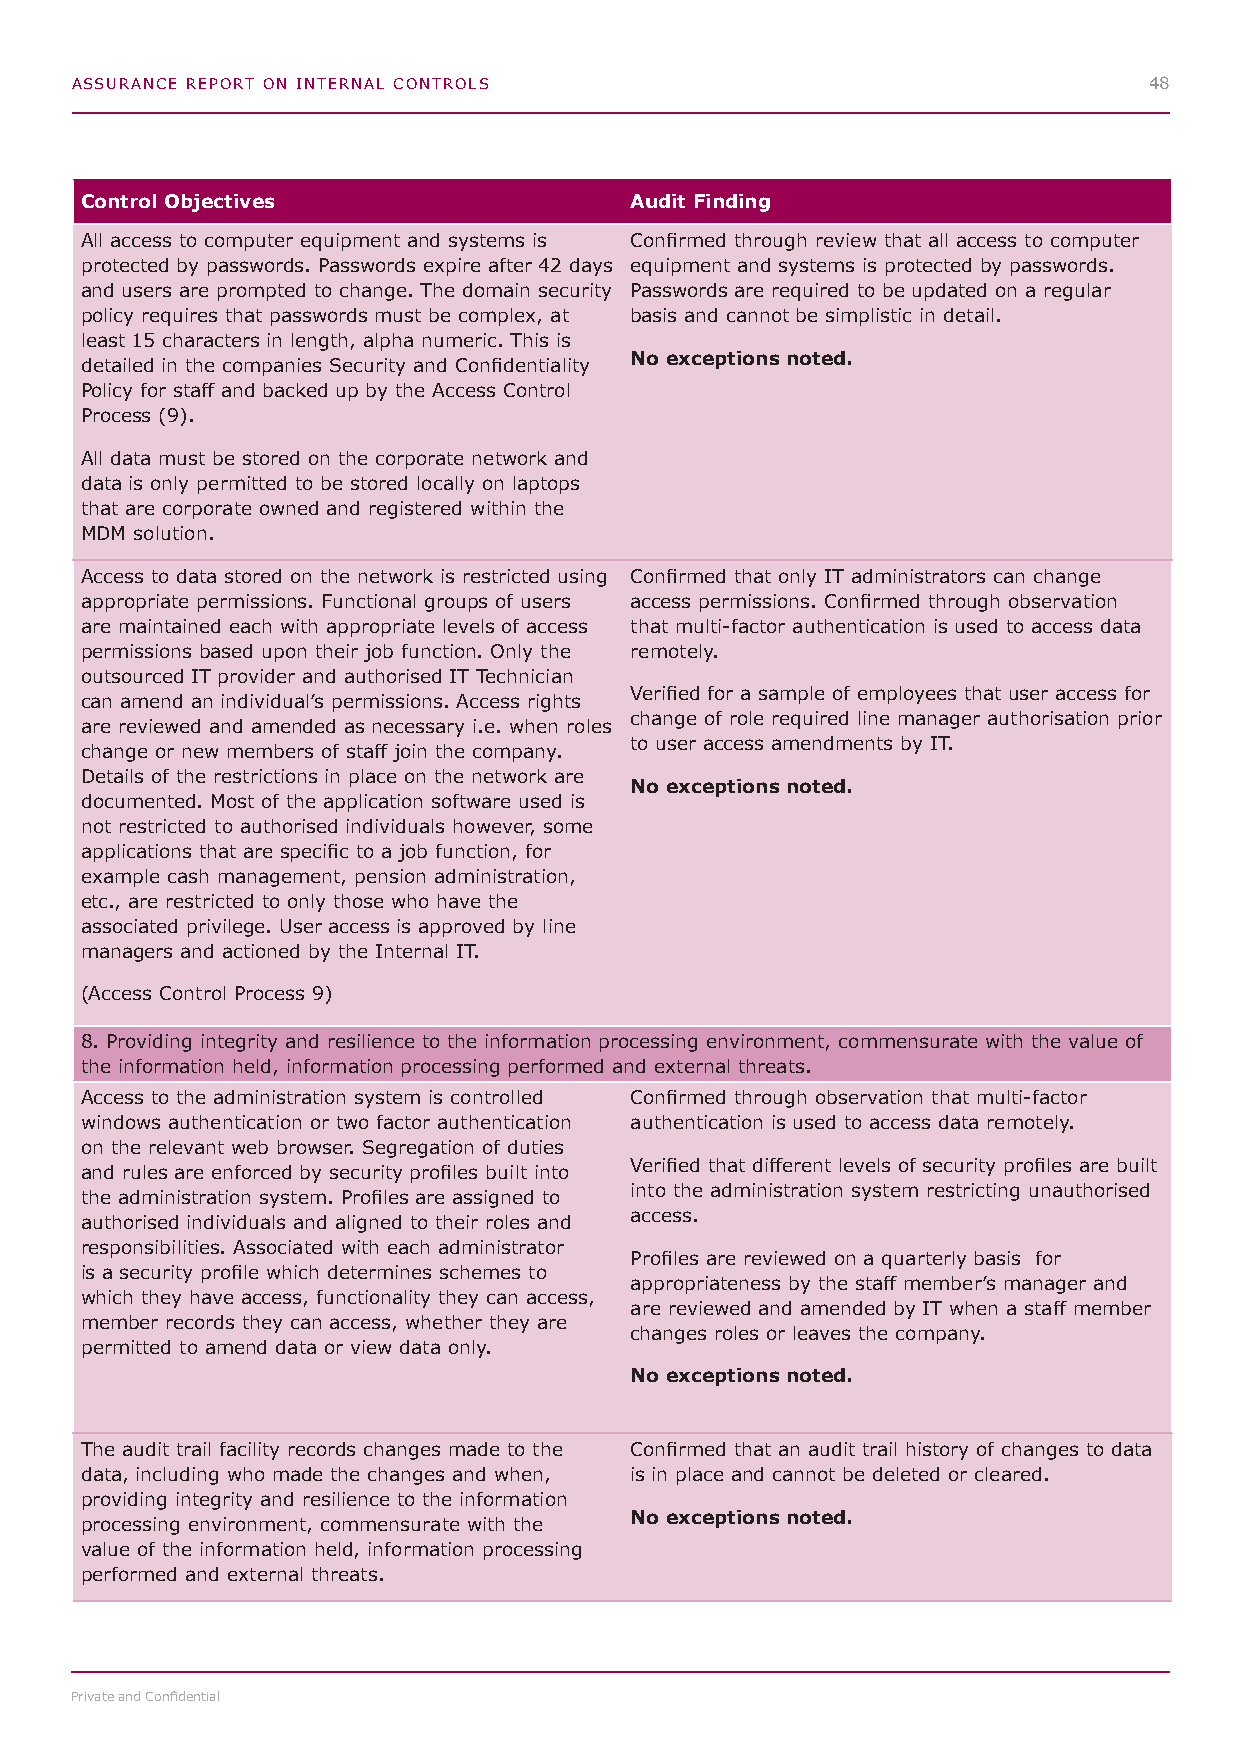
ASSURANCE REPORT ON INTERNAL CONTROLS                                  48
 Control Objectives                   Audit Finding
 All access to computer equipment and systems is Confirmed through review that all access to computer
 protected by passwords. Passwords expire after 42 days equipment and systems is protected by passwords.
 and users are prompted to change. The domain security Passwords are required to be updated on a regular
 policy requires that passwords must be complex, at basis and cannot be simplistic in detail.
 least 15 characters in length, alpha numeric. This is
 No exceptions noted.
 detailed in the companies Security and Confidentiality
 Policy for staff and backed up by the Access Control
 Process (9).
 All data must be stored on the corporate network and
 data is only permitted to be stored locally on laptops
 that are corporate owned and registered within the
 MDM solution.
 Access to data stored on the network is restricted using Confirmed that only IT administrators can change
 appropriate permissions. Functional groups of users access permissions. Confirmed through observation
 are maintained each with appropriate levels of access that multi-factor authentication is used to access data
 permissions based upon their job function. Only the remotely.
 outsourced IT provider and authorised IT Technician
 Verified for a sample of employees that user access for
 can amend an individual’s permissions. Access rights
 change of role required line manager authorisation prior
 are reviewed and amended as necessary i.e. when roles
 to user access amendments by IT.
 change or new members of staff join the company.
 Details of the restrictions in place on the network are
 No exceptions noted.
 documented. Most of the application software used is
 not restricted to authorised individuals however, some
 applications that are specific to a job function, for
 example cash management, pension administration,
 etc., are restricted to only those who have the
 associated privilege. User access is approved by line
 managers and actioned by the Internal IT.
 (Access Control Process 9)
 8. Providing integrity and resilience to the information processing environment, commensurate with the value of
 the information held, information processing performed and external threats.
 Access to the administration system is controlled Confirmed through observation that multi-factor
 windows authentication or two factor authentication authentication is used to access data remotely.
 on the relevant web browser. Segregation of duties
 Verified that different levels of security profiles are built
 and rules are enforced by security profiles built into
 into the administration system restricting unauthorised
 the administration system. Profiles are assigned to
 access.
 authorised individuals and aligned to their roles and
 responsibilities. Associated with each administrator
 Profiles are reviewed on a quarterly basis for
 is a security profile which determines schemes to
 appropriateness by the staff member’s manager and
 which they have access, functionality they can access,
 are reviewed and amended by IT when a staff member
 member records they can access, whether they are
 changes roles or leaves the company.
 permitted to amend data or view data only.
 No exceptions noted.
 The audit trail facility records changes made to the Confirmed that an audit trail history of changes to data
 data, including who made the changes and when, is in place and cannot be deleted or cleared.
 providing integrity and resilience to the information
 No exceptions noted.
 processing environment, commensurate with the
 value of the information held, information processing
 performed and external threats.
 Private and Confidential